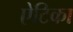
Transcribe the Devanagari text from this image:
ऐटिका